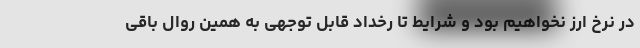
در نرخ ارز نخواهیم بود و شرایط تا رخداد قابل توجهی به همین روال باقی